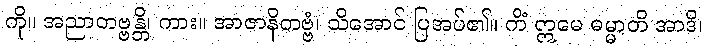
ကို။ အညာတဗ္ဗန္တိ၊ ကား။ အာဇာနိတဗ္ဗံ၊ သိအောင် ပြအပ်၏။ ကိံ ဣမေ ဓမ္မာတိ အာဒိ၊